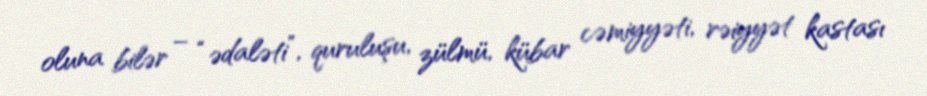
oluna bilər – “ədaləti”, quruluşu, zülmü, kübar cəmiyyəti, rəiyyət kastası